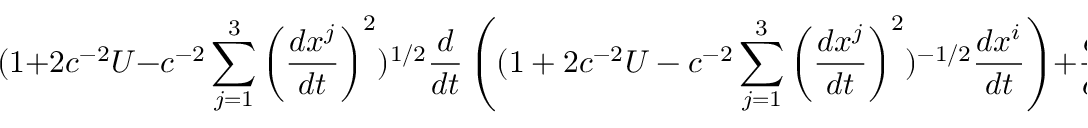
( 1 + 2 c ^ { - 2 } U - c ^ { - 2 } \sum _ { j = 1 } ^ { 3 } \left( \frac { d x ^ { j } } { d t } \right) ^ { 2 } ) ^ { 1 / 2 } \frac { d } { d t } \left( ( 1 + 2 c ^ { - 2 } U - c ^ { - 2 } \sum _ { j = 1 } ^ { 3 } \left( \frac { d x ^ { j } } { d t } \right) ^ { 2 } ) ^ { - 1 / 2 } \frac { d x ^ { i } } { d t } \right) + \frac { \partial U } { \partial x ^ { i } } = 0